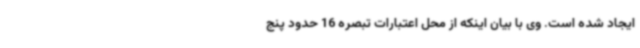
ایجاد شده است. وی با بیان اینکه از محل اعتبارات تبصره 16 حدود پنج